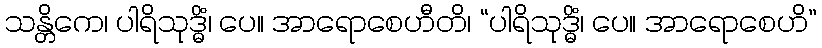
သန္တိကေ၊ ပါရိသုဒ္ဓိံ၊ ပေ။ အာရောစေဟီတိ၊ “ပါရိသုဒ္ဓိံ၊ ပေ။ အာရောစေဟိ”